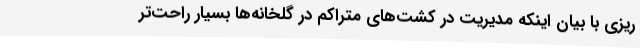
ریزی با بیان اینکه مدیریت در کشت‌های متراکم در گلخانه‌ها بسیار راحت‌تر